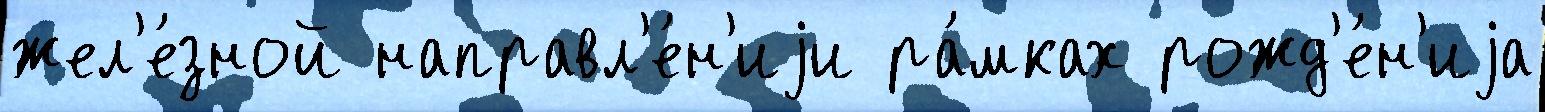
жел'е́зной направл'е́н'иjи ра́мках рожд'е́н'иjа